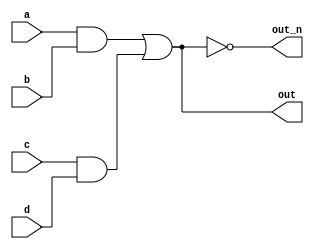
module wire_decl (
  input a,
  input b,
  input c,
  input d,
  output out,
  output out_n
);

  wire w1, w2;
  assign w1 = a&b;
  assign w2 = c&d;
  assign out = w1|w2;
  assign out_n = ~out;

endmodule